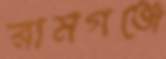
রামগঞ্জে